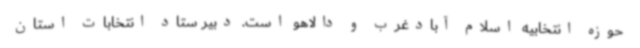
حوزه انتخابیه اسلام آبادغرب و دالاهو است. دبیر ستاد انتخابات استان